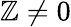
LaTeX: \mathbb{Z}\neq0